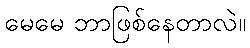
မေမေ ဘာဖြစ်နေတာလဲ။